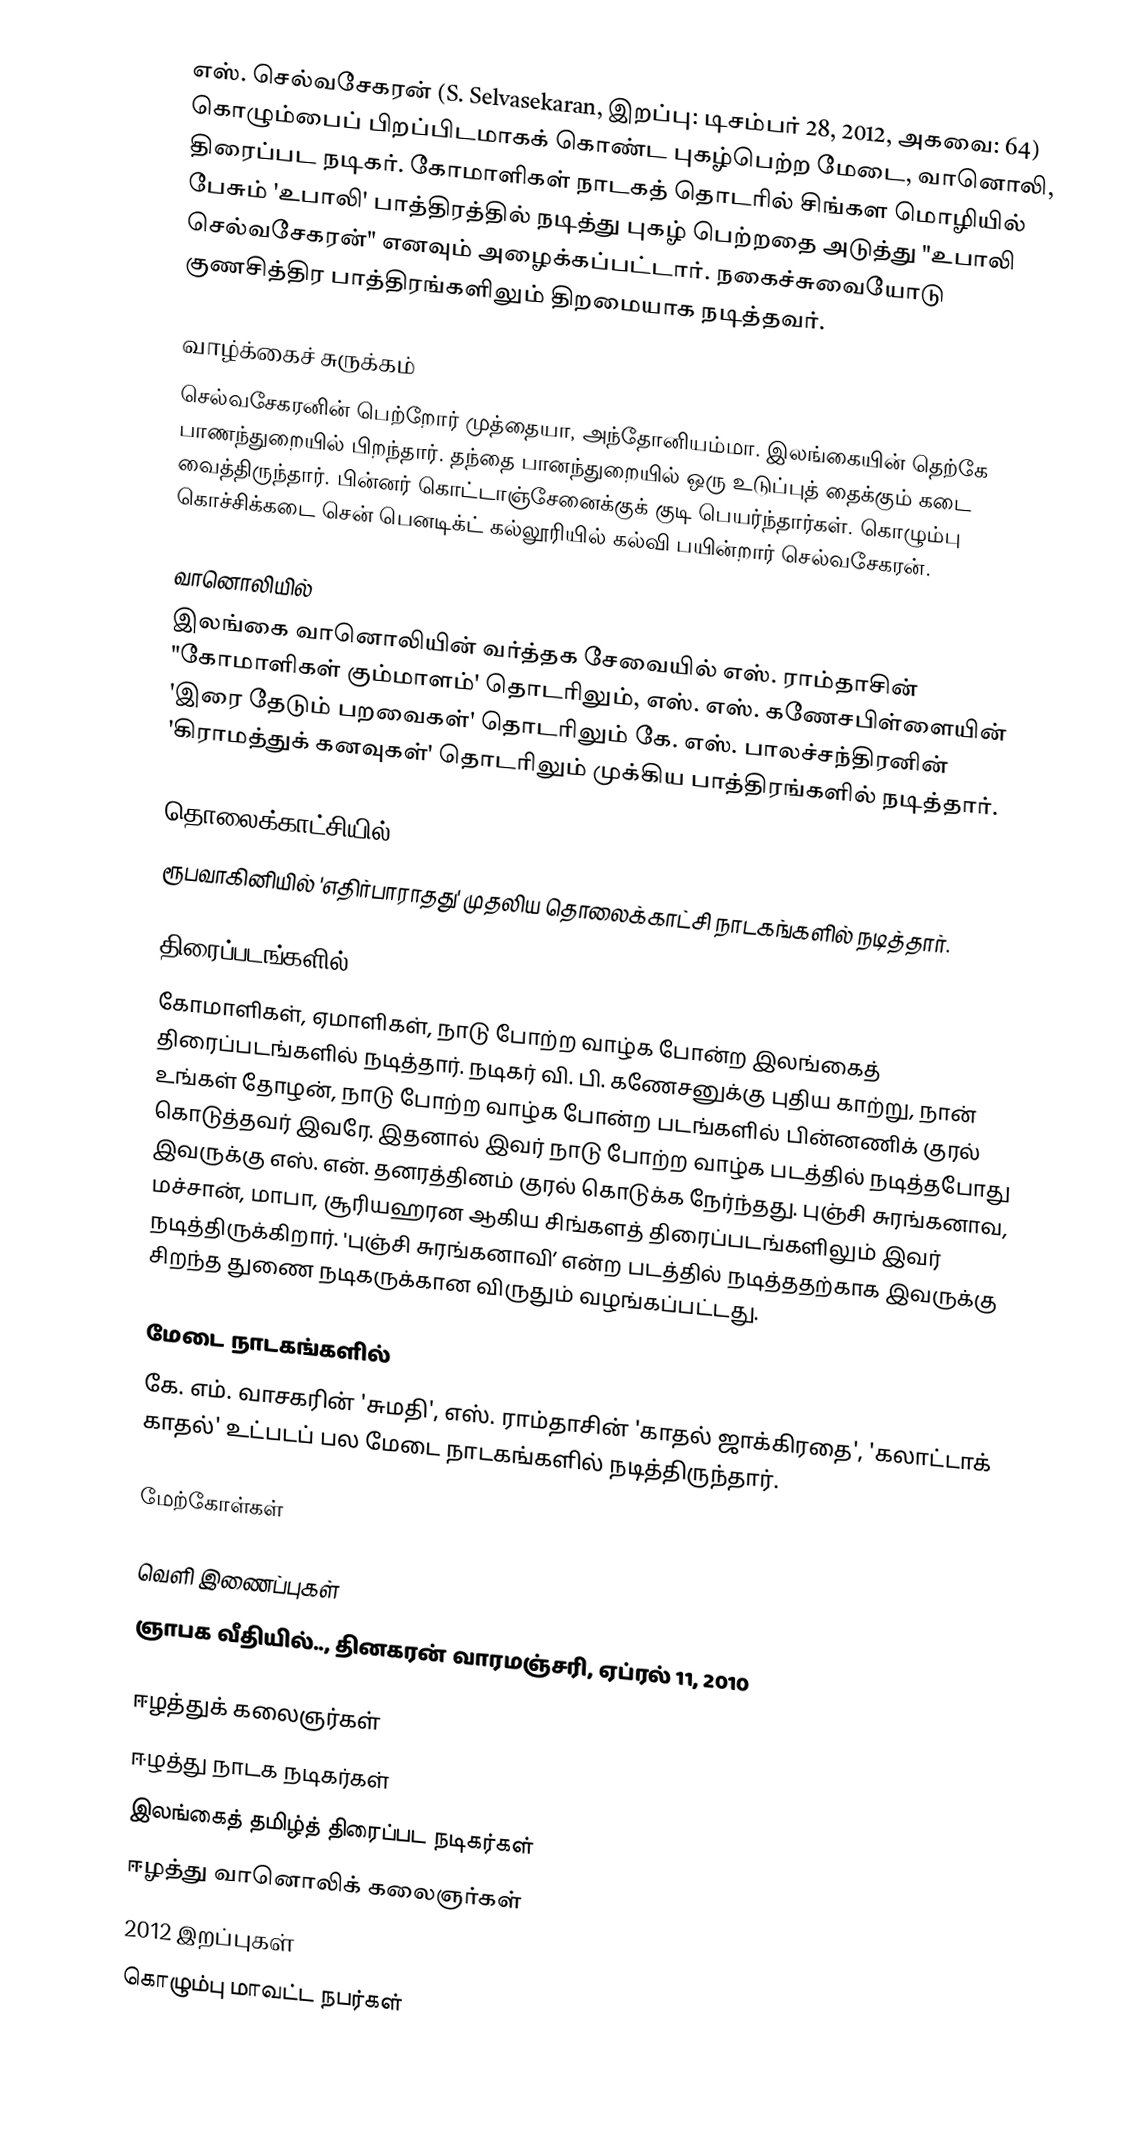
எஸ். செல்வசேகரன் (S. Selvasekaran, இறப்பு: டிசம்பர் 28, 2012, அகவை: 64) கொழும்பைப் பிறப்பிடமாகக் கொண்ட புகழ்பெற்ற மேடை, வானொலி, திரைப்பட நடிகர். கோமாளிகள் நாடகத் தொடரில் சிங்கள மொழியில் பேசும் 'உபாலி' பாத்திரத்தில் நடித்து புகழ் பெற்றதை அடுத்து "உபாலி செல்வசேகரன்" எனவும் அழைக்கப்பட்டார். நகைச்சுவையோடு குணசித்திர பாத்திரங்களிலும் திறமையாக நடித்தவர்.

வாழ்க்கைச் சுருக்கம்
செல்வசேகரனின் பெற்றோர் முத்தையா, அந்தோனியம்மா. இலங்கையின் தெற்கே பாணந்துறையில் பிறந்தார். தந்தை பானந்துறையில் ஒரு உடுப்புத் தைக்கும் கடை வைத்திருந்தார். பின்னர் கொட்டாஞ்சேனைக்குக் குடி பெயர்ந்தார்கள். கொழும்பு கொச்சிக்கடை சென் பெனடிக்ட் கல்லூரியில் கல்வி பயின்றார் செல்வசேகரன்.

வானொலியில்
இலங்கை வானொலியின் வர்த்தக சேவையில் எஸ். ராம்தாசின் "கோமாளிகள் கும்மாளம்' தொடரிலும், எஸ். எஸ். கணேசபிள்ளையின் 'இரை தேடும் பறவைகள்' தொடரிலும் கே. எஸ். பாலச்சந்திரனின் 'கிராமத்துக் கனவுகள்' தொடரிலும் முக்கிய பாத்திரங்களில் நடித்தார்.

தொலைக்காட்சியில்
ரூபவாகினியில் 'எதிர்பாராதது' முதலிய தொலைக்காட்சி நாடகங்களில் நடித்தார்.

திரைப்படங்களில்
கோமாளிகள், ஏமாளிகள், நாடு போற்ற வாழ்க போன்ற இலங்கைத் திரைப்படங்களில் நடித்தார். நடிகர் வி. பி. கணேசனுக்கு புதிய காற்று, நான் உங்கள் தோழன், நாடு போற்ற வாழ்க போன்ற படங்களில் பின்னணிக் குரல் கொடுத்தவர் இவரே. இதனால் இவர் நாடு போற்ற வாழ்க படத்தில் நடித்தபோது இவருக்கு எஸ். என். தனரத்தினம் குரல் கொடுக்க நேர்ந்தது. புஞ்சி சுரங்கனாவ, மச்சான், மாபா, சூரியஹரன ஆகிய சிங்களத் திரைப்படங்களிலும் இவர் நடித்திருக்கிறார். 'புஞ்சி சுரங்கனாவி’ என்ற படத்தில் நடித்ததற்காக இவருக்கு சிறந்த துணை நடிகருக்கான விருதும் வழங்கப்பட்டது.

மேடை நாடகங்களில்
கே. எம். வாசகரின் 'சுமதி', எஸ். ராம்தாசின் 'காதல் ஜாக்கிரதை', 'கலாட்டாக் காதல்' உட்படப் பல மேடை நாடகங்களில் நடித்திருந்தார்.

மேற்கோள்கள்

வெளி இணைப்புகள்
ஞாபக வீதியில்.., தினகரன் வாரமஞ்சரி, ஏப்ரல் 11, 2010

ஈழத்துக் கலைஞர்கள்
ஈழத்து நாடக நடிகர்கள்
இலங்கைத் தமிழ்த் திரைப்பட நடிகர்கள்
ஈழத்து வானொலிக் கலைஞர்கள்
2012 இறப்புகள்
கொழும்பு மாவட்ட நபர்கள்